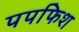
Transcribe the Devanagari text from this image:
पपफिश